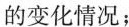
变化情况；